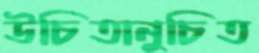
উচিতানুচিত